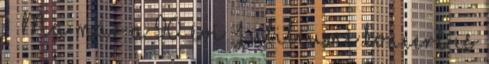
·· Ma már a 90. évi Jubileumi koncert is